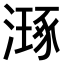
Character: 𣽗